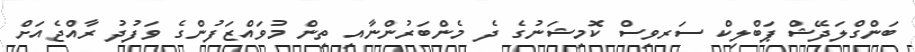
ބަންގްލަދޭޝް ޕަބްލިކް ސަރވިސް ކޮމިޝަނުގެ ދެ މެންބަރުންނާއި ތިން މުވައްޒަފުންގެ ވަފުދު ރާއްޖެއަށް